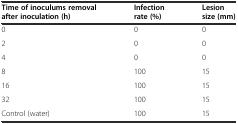
<table><thead><tr><td><b>Time of inoculums removal after inoculation (h)</b></td><td><b>Infection rate (%)</b></td><td><b>Lesion size (mm)</b></td></tr></thead><tbody><tr><td>0</td><td>0</td><td>0</td></tr><tr><td>2</td><td>0</td><td>0</td></tr><tr><td>4</td><td>0</td><td>0</td></tr><tr><td>8</td><td>100</td><td>15</td></tr><tr><td>16</td><td>100</td><td>15</td></tr><tr><td>32</td><td>100</td><td>15</td></tr><tr><td>Control (water)</td><td>100</td><td>15</td></tr></tbody></table>